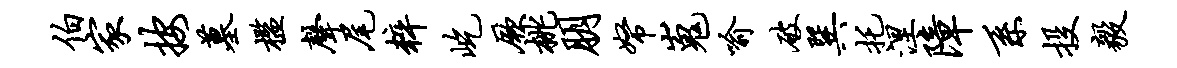
伯家按墓槛声尾粹屹厥桃朋帑嵬喻破巽托涅障系投毅